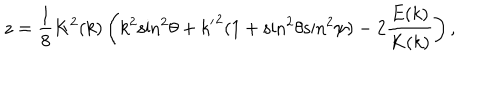
LaTeX: z = { \frac { 1 } { 8 } } K ^ { 2 } ( k ) \left( k ^ { 2 } { \sin } ^ { 2 } \theta + { k ^ { \prime } } ^ { 2 } ( 1 + { \sin } ^ { 2 } \theta { \sin } ^ { 2 } \psi ) - 2 { \frac { E ( k ) } { K ( k ) } } \right) ,